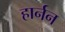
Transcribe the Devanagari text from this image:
हार्नन